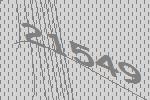
21549